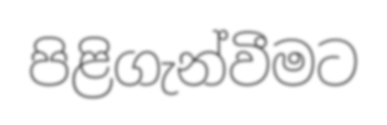
පිළිගැන්වීමට